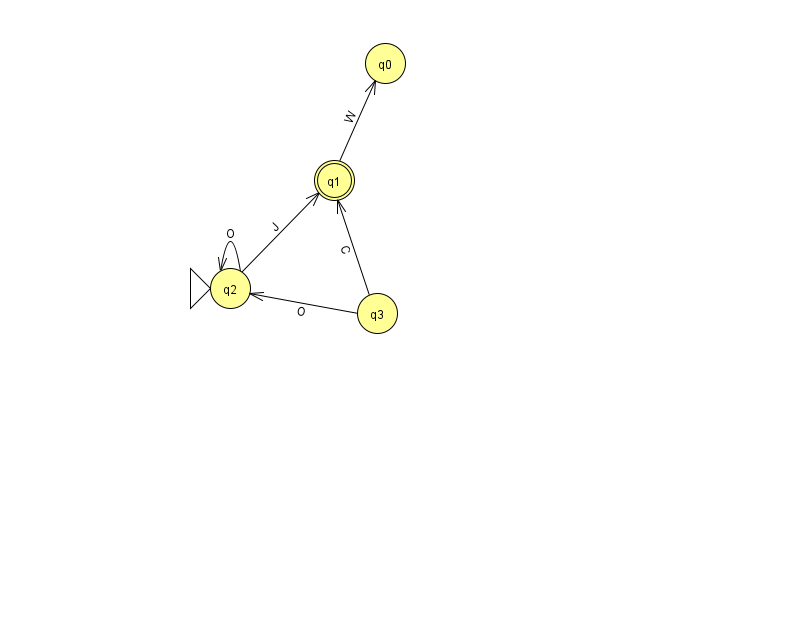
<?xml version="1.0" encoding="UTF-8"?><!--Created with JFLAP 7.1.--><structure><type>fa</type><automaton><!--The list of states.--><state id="0" name="q0"><x>385.0</x><y>50.0</y></state><state id="1" name="q1"><x>334.0</x><y>167.0</y><final/></state><state id="2" name="q2"><x>230.0</x><y>275.0</y><initial/></state><state id="3" name="q3"><x>377.0</x><y>300.0</y></state><!--The list of transitions.--><transition><from>1</from><to>0</to><read>W</read></transition><transition><from>3</from><to>1</to><read>C</read></transition><transition><from>3</from><to>2</to><read>O</read></transition><transition><from>2</from><to>1</to><read>J</read></transition><transition><from>2</from><to>2</to><read>O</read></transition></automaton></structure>